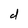
Character: d